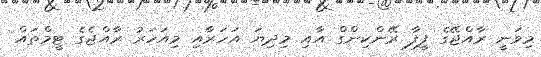
މިވަނީ ރާއްޖޭގެ ފީފާ ރޭންކިންގް އާއި މިދިޔަ އަހަރާއި މިއަހަރު ރާއްޖެގެ ޓީމްތައް